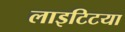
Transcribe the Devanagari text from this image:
लाइटिटया